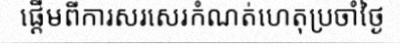
ផ្តើមពីការសរសេរកំណត់ហេតុប្រចាំថ្ងៃ